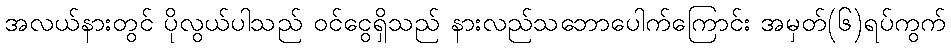
အလယ်နားတွင် ပိုလွယ်ပါသည် ဝင်ငွေရှိသည် နားလည်သဘောပေါက်ကြောင်း အမှတ်(၆)ရပ်ကွက်